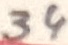
Text: 34